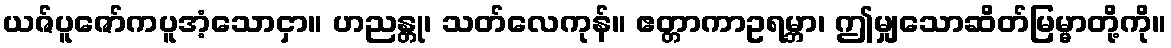
ယဇ်ပူဇော်ကပူအံ့သောငှာ။ ဟညန္တု၊ သတ်လေကုန်။ ဧတ္တာကာဥရမ္ဘာ၊ ဤမျှသောဆိတ်မြမ္မာတို့ကို။